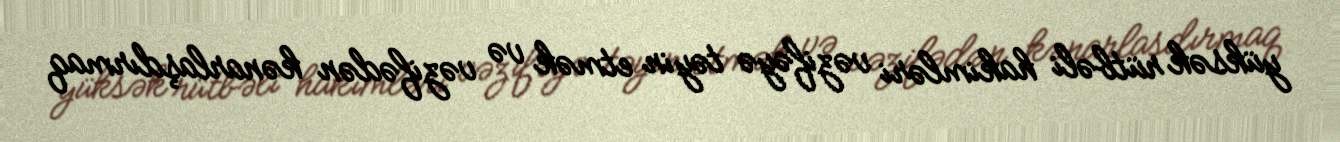
yüksək rütbəli hakimləri vəzifəyə təyin etmək və vəzifədən kənarlaşdırmaq